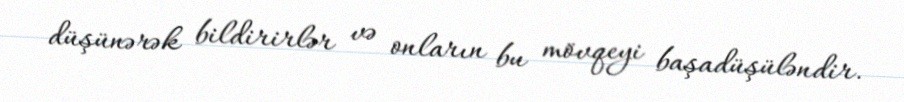
düşünərək bildirirlər və onların bu mövqeyi başadüşüləndir.